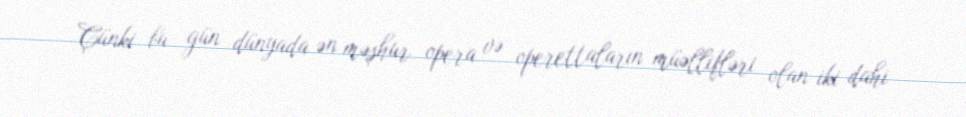
Çünki bu gün dünyada ən məşhur opera və operettaların müəllifləri olan iki dahi